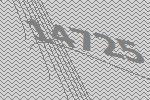
14725